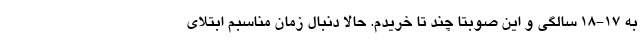
به ۱۷-۱۸ سالگی و این صوبتا چند تا خریدم. حالا دنبال زمان مناسبم ابتلای